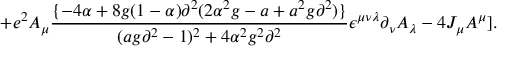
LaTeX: + e ^ { 2 } A _ { \mu } { \frac { \{ - 4 \alpha + 8 g ( 1 - \alpha ) \partial ^ { 2 } ( 2 \alpha ^ { 2 } g - a + a ^ { 2 } g \partial ^ { 2 } ) \} } { ( a g \partial ^ { 2 } - 1 ) ^ { 2 } + 4 \alpha ^ { 2 } g ^ { 2 } \partial ^ { 2 } } } \epsilon ^ { \mu \nu \lambda } \partial _ { \nu } A _ { \lambda } - 4 J _ { \mu } A ^ { \mu } ] .